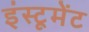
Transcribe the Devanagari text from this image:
इंस्टूमेंट